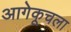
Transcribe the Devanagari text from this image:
आगेकूचला